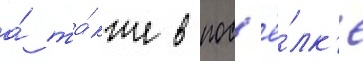
а́ та́кже в пос'ё́лк'е